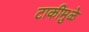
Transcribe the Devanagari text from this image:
टाकीमुळे